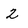
Character: 2